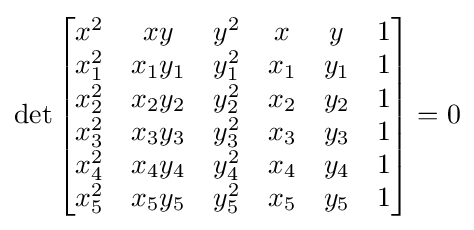
\det {\begin{bmatrix}x^{2}&xy&y^{2}&x&y&1\\x_{1}^{2}&x_{1}y_{1}&y_{1}^{2}&x_{1}&y_{1}&1\\x_{2}^{2}&x_{2}y_{2}&y_{2}^{2}&x_{2}&y_{2}&1\\x_{3}^{2}&x_{3}y_{3}&y_{3}^{2}&x_{3}&y_{3}&1\\x_{4}^{2}&x_{4}y_{4}&y_{4}^{2}&x_{4}&y_{4}&1\\x_{5}^{2}&x_{5}y_{5}&y_{5}^{2}&x_{5}&y_{5}&1\end{bmatrix}}=0